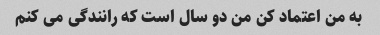
به من اعتماد کن من دو سال است که رانندگی می کنم